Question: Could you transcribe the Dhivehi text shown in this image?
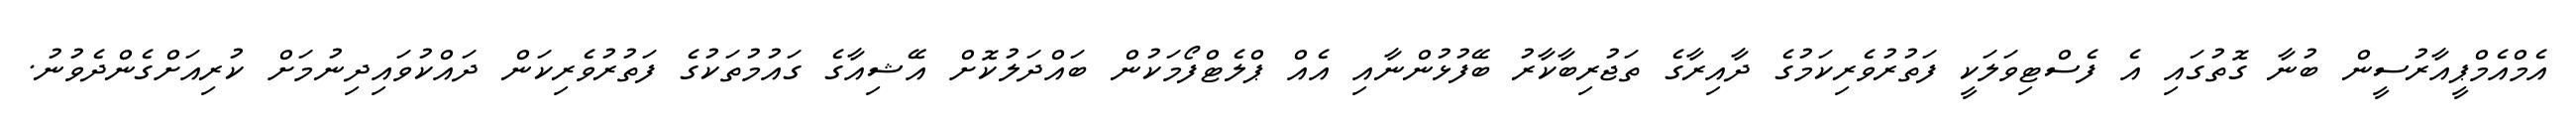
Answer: އެމްއެމްޕީއާރުސީން ބުނާ ގޮތުގައި އެ ފެސްޓިވަލަކީ ފަތުރުވެރިކަމުގެ ދާއިރާގެ ތަޖުރިބާކާރު ބޭފުޅުންނާއި އެއް ޕްލެޓްފޯމަކުން ބައްދަލުކޮށް އޭޝިއާގެ ގައުމުތަކުގެ ފަތުރުވެރިކަން ދައްކުވައިދިނުމަށް ކުރިއަށްގެންދެވުނު.